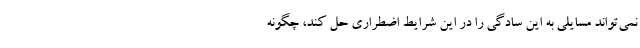
نمی‌تواند مسایلی به این سادگی را در این شرایط اضطراری حل کند، چگونه